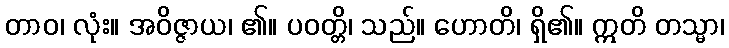
တာဝ၊ လုံး။ အဝိဇ္ဇာယ၊ ၏။ ပဝတ္တိ၊ သည်။ ဟောတိ၊ ရှိ၏။ ဣတိ တသ္မာ၊